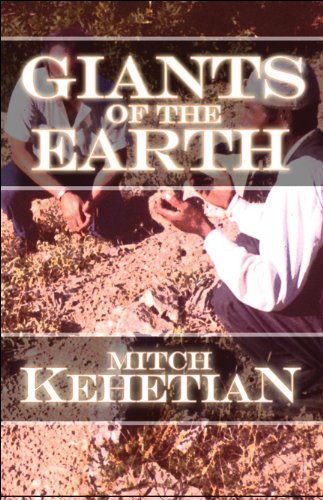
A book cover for Giants of the Earth; Mitch Kehetian; Travel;